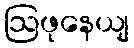
ဩဖုနေယျ